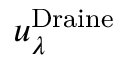
u _ { \lambda } ^ { \mathrm { { D r a i n e } } }